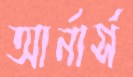
আর্নার্স